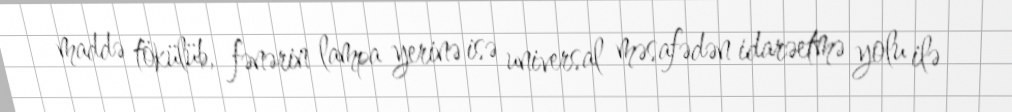
maddə tökülüb, fənərin lampa yerinə isə universal məsafədən idarəetmə yolu ilə